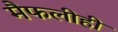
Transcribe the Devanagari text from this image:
मैफलीही